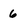
Character: 6